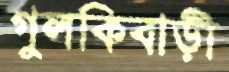
গুলকিবাড়ী